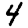
Digit: 4